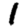
Digit: 1